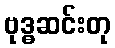
ဗုဒ္ဓဆင်းတု